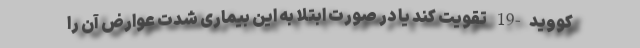
کووید-19 تقویت کند یا در صورت ابتلا به این بیماری شدت عوارض آن را